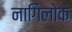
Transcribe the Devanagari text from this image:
नागिलोक